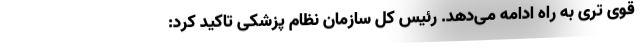
قوی تری به راه ادامه می‌دهد. رئیس کل سازمان نظام پزشکی تاکید کرد: